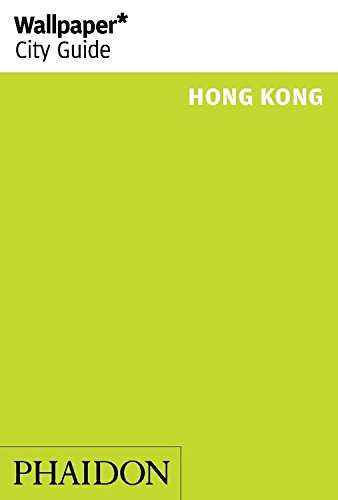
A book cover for Wallpaper* City Guide Hong Kong 2015; Travel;